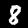
Label: 8